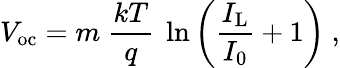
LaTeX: V_{\mathrm{oc}}=m\ {\frac{kT}{q}}\ \ln\left({\frac{I_{\mathrm{L}}}{I_{0}}}+1\right)\ ,